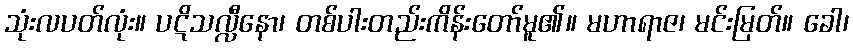
သုံးလပတ်လုံး။ ပဋိသလ္လီနော၊ တစ်ပါးတည်းကိန်းတော်မူ၏။ မဟာရာဇ၊ မင်းမြတ်။ ခေါ၊